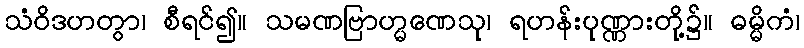
သံဝိဒဟတွာ၊ စီရင်၍။ သမဏဗြာဟ္မဏေသု၊ ရဟန်းပုဏ္ဏားတို့၌။ ဓမ္မိကံ၊